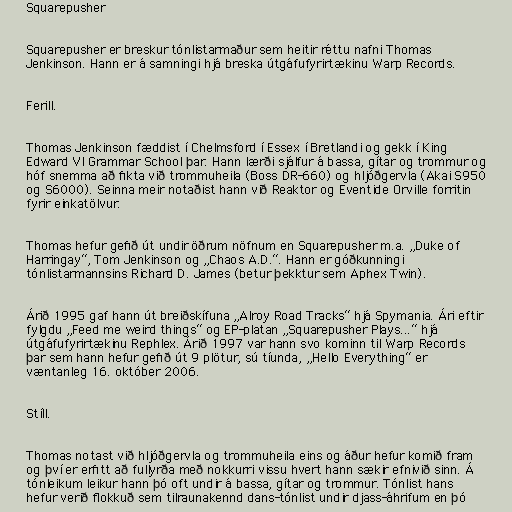
Squarepusher

Squarepusher er breskur tónlistarmaður sem heitir réttu nafni Thomas
Jenkinson. Hann er á samningi hjá breska útgáfufyrirtækinu Warp Records.

Ferill.

Thomas Jenkinson fæddist í Chelmsford í Essex í Bretlandi og gekk í King
Edward VI Grammar School þar. Hann lærði sjálfur á bassa, gítar og trommur og
hóf snemma að fikta við trommuheila (Boss DR-660) og hljóðgervla (Akai S950
og S6000). Seinna meir notaðist hann við Reaktor og Eventide Orville forritin
fyrir einkatölvur.

Thomas hefur gefið út undir öðrum nöfnum en Squarepusher m.a. „Duke of
Harringay“, Tom Jenkinson og „Chaos A.D.“. Hann er góðkunningi
tónlistarmannsins Richard D. James (betur þekktur sem Aphex Twin).

Árið 1995 gaf hann út breiðskífuna „Alroy Road Tracks“ hjá Spymania. Ári eftir
fylgdu „Feed me weird things“ og EP-platan „Squarepusher Plays...“ hjá
útgáfufyrirtækinu Rephlex. Árið 1997 var hann svo kominn til Warp Records
þar sem hann hefur gefið út 9 plötur, sú tíunda, „Hello Everything“ er
væntanleg 16. október 2006.

Stíll.

Thomas notast við hljóðgervla og trommuheila eins og áður hefur komið fram
og því er erfitt að fullyrða með nokkurri vissu hvert hann sækir efnivið sinn. Á
tónleikum leikur hann þó oft undir á bassa, gítar og trommur. Tónlist hans
hefur verið flokkuð sem tilraunakennd dans-tónlist undir djass-áhrifum en þó